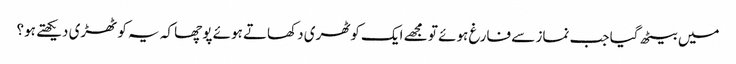
میں بیٹھ گیا جب نماز سے فارغ ہوئے تو مجھے ایک کوٹھری دکھاتے ہوئے پوچھا کہ یہ کوٹھڑی دیکھتے ہو؟